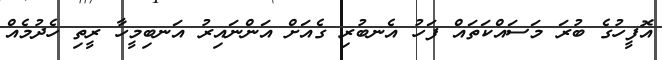
އޮފީހުގެ ބުރަ މަސައްކަތައް ފަހު އެނބުރި ގެއަށް އަންނައިރު އަނބިމީހާ ރީތި ހެދުމެއް